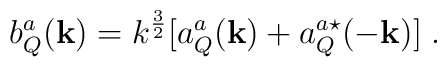
b_{Q}^{a}({\bf{k}}) =k^{\frac{3}{2}}[a_{Q}^{a}({\bf{k}}) +a_{Q}^{a\star}(-{\bf{k}})]\;.